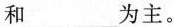
和___为主。